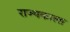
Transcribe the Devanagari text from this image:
राज्यकाला